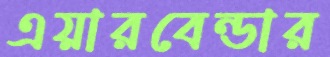
এয়ারবেন্ডার